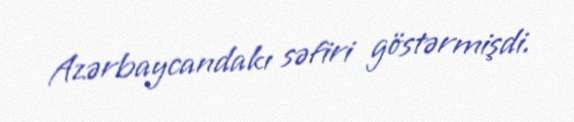
Azərbaycandakı səfiri göstərmişdi.